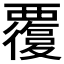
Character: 𧠃